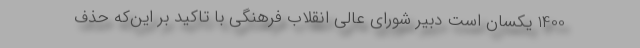
1400 یکسان است دبیر شورای عالی انقلاب فرهنگی با تاکید بر این‌که حذف